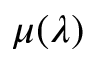
\mu ( \lambda )